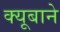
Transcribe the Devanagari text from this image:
क्यूबाने